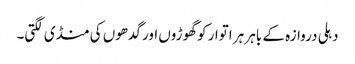
دہلی دروازہ کے باہر ہر اتوار کو گھوڑوں اور گدھوں کی منڈی لگتی۔